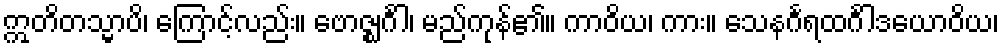
ဣတိတသ္မာပိ၊ ကြောင့်လည်း။ ဗောဇ္ဈင်္ဂါ၊ မည်ကုန်၏။ ကာဝိယ၊ ကား။ သေနင်္ဂရထင်္ဂါဒယောဝိယ၊